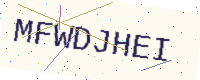
Text: MFWDJHEI